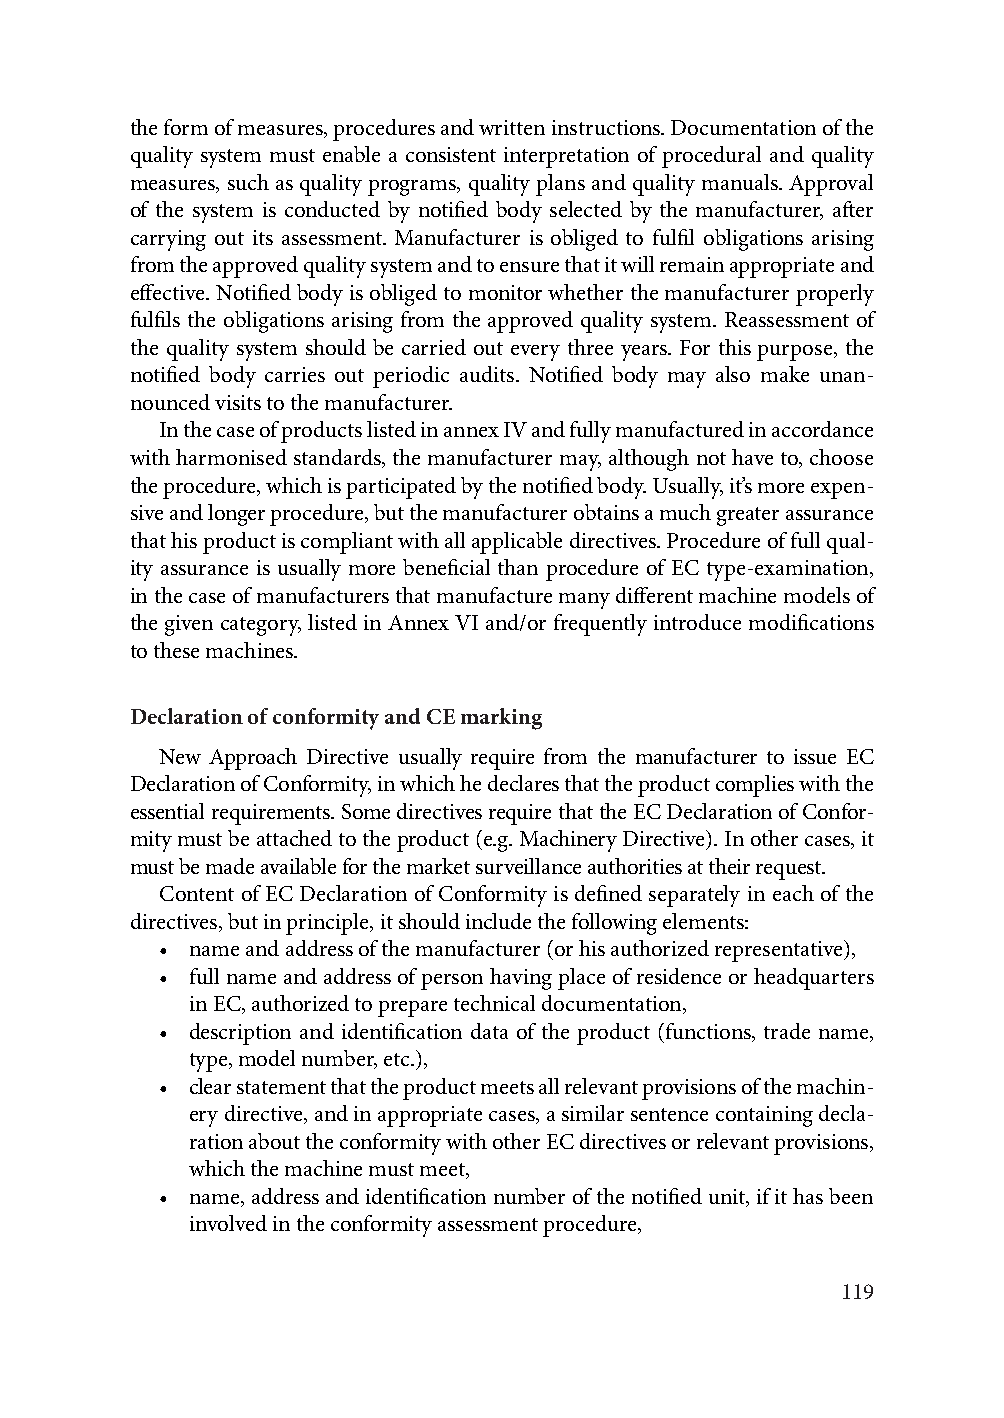
the form of measures, procedures and written instructions. Documentation of the
 quality system must enable a consistent interpretation of procedural and quality
 measures, such as quality programs, quality plans and quality manuals. Approval
 of the system is conducted by notified body selected by the manufacturer, after
 carrying out its assessment. Manufacturer is obliged to fulfil obligations arising
 from the approved quality system and to ensure that it will remain appropriate and
 effective. Notified body is obliged to monitor whether the manufacturer properly
 fulfils the obligations arising from the approved quality system. Reassessment of
 the quality system should be carried out every three years. For this purpose, the
 notified body carries out periodic audits. Notified body may also make unan-
 nounced visits to the manufacturer.
 In the case of products listed in annex IV and fully manufactured in accordance
 with harmonised standards, the manufacturer may, although not have to, choose
 the procedure, which is participated by the notified body. Usually, it’s more expen-
 sive and longer procedure, but the manufacturer obtains a much greater assurance
 that his product is compliant with all applicable directives. Procedure of full qual-
 ity assurance is usually more beneficial than procedure of EC type-examination,
 in the case of manufacturers that manufacture many different machine models of
 the given category, listed in Annex VI and/or frequently introduce modifications
 to these machines.
 Declaration of conformity and CE marking
 New Approach Directive usually require from the manufacturer to issue EC
 Declaration of Conformity, in which he declares that the product complies with the
 essential requirements. Some directives require that the EC Declaration of Confor-
 mity must be attached to the product (e.g. Machinery Directive). In other cases, it
 must be made available for the market surveillance authorities at their request.
 Content of EC Declaration of Conformity is defined separately in each of the
 directives, but in principle, it should include the following elements:
 • name and address of the manufacturer (or his authorized representative),
 • full name and address of person having place of residence or headquarters
 in EC, authorized to prepare technical documentation,
 • description and identification data of the product (functions, trade name,
 type, model number, etc.),
 • clear statement that the product meets all relevant provisions of the machin-
 ery directive, and in appropriate cases, a similar sentence containing decla-
 ration about the conformity with other EC directives or relevant provisions,
 which the machine must meet,
 • name, address and identification number of the notified unit, if it has been
 involved in the conformity assessment procedure,
 119